system: You are a helpful assistant.
user:
Analyze the provided spectrum to determine if it is a **S-type Star**.

- **Key Indicators for S-type Star:**

    - **(Overall Spectrum Shape):** The first and most obvious characteristic is the overall continuum (the "baseline" shape). It is **extremely "red-sloping,"** meaning the flux (light intensity) is very low on the left side (blue, ~4000-4500 Å) and rises steeply and continuously toward the right side (red, ~7000 Å+).

    - **(Primary):** The spectrum is defined by the presence of strong, broad molecular absorption "valleys" (bands) from **Zirconium Oxide (ZrO)**. The identification of these bands is the **primary requirement** for classifying a star as S-type.
        - **(Key Bandheads):** You must find distinct, deep "dips" where the light has been absorbed. The most critical band systems to locate are:
            - **~6474 Å** ($\gamma$-system): This is often the strongest and clearest ZrO feature, found in the red part of the spectrum.
            - **~5718 Å** & **~5551 Å** ($\beta$-system): A pair of prominent absorption features in the yellow-orange part of the spectrum.
            - **~4640 Å** ($\alpha$-system): A key absorption band system in the blue-green region of the spectrum.

    - **(Secondary Confirmation):** The classification is strengthened by finding additional absorption bands from other related heavy element oxides, which are expected to be present alongside ZrO.
        - **(Key Bandheads):**
            - **Yttrium Oxide (YO):** Look for absorption dips near **~4800 Å** and **~6100 Å**.
            - **Lanthanum Oxide (LaO):** Additional absorption features, particularly in the red-orange part of the spectrum, are also characteristic.

    - **(Line Profile):** The combination of the steep red continuum and these numerous, deep molecular bands (ZrO, YO, etc.) gives the entire spectrum a very **"chopped-up"** or **"bumpy"** appearance. Instead of a smooth curve, the spectrum looks as though large, wide chunks of light have been "carved out" of it at the specific wavelengths listed above.

Think first, call **spectral_visualization_tool** if needed to examine features in detail, then provide your final answer. Your response must adhere to the following strict rules:
1.  **Overall Structure:** Your response must follow the format `<think>...</think> <tool_call>...</tool_call> (if a tool is used) <answer>...</answer>`.
2.  **Tool Usage Constraint:** You may only make **one** tool call per turn.
3.  **Final Answer Format:** In the `<answer>` tag, your conclusion must be inside a `\boxed{}` command (e.g., `\boxed{YES}` or `\boxed{NO}`), followed by your justification.

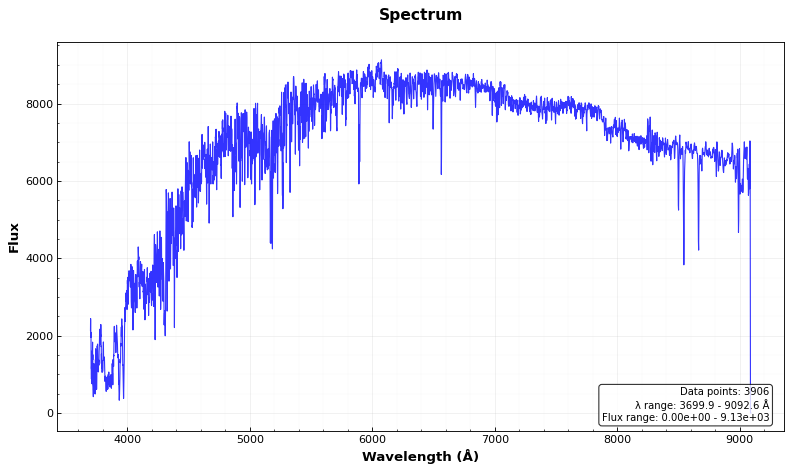
Answer: NO